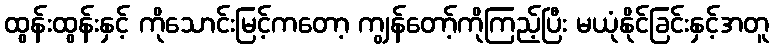
ထွန်းထွန်းနှင့် ကိုသောင်းမြင့်ကတော့ ကျွန်တော့်ကိုကြည့်ပြီး မယုံနိုင်ခြင်းနှင့်အတူ